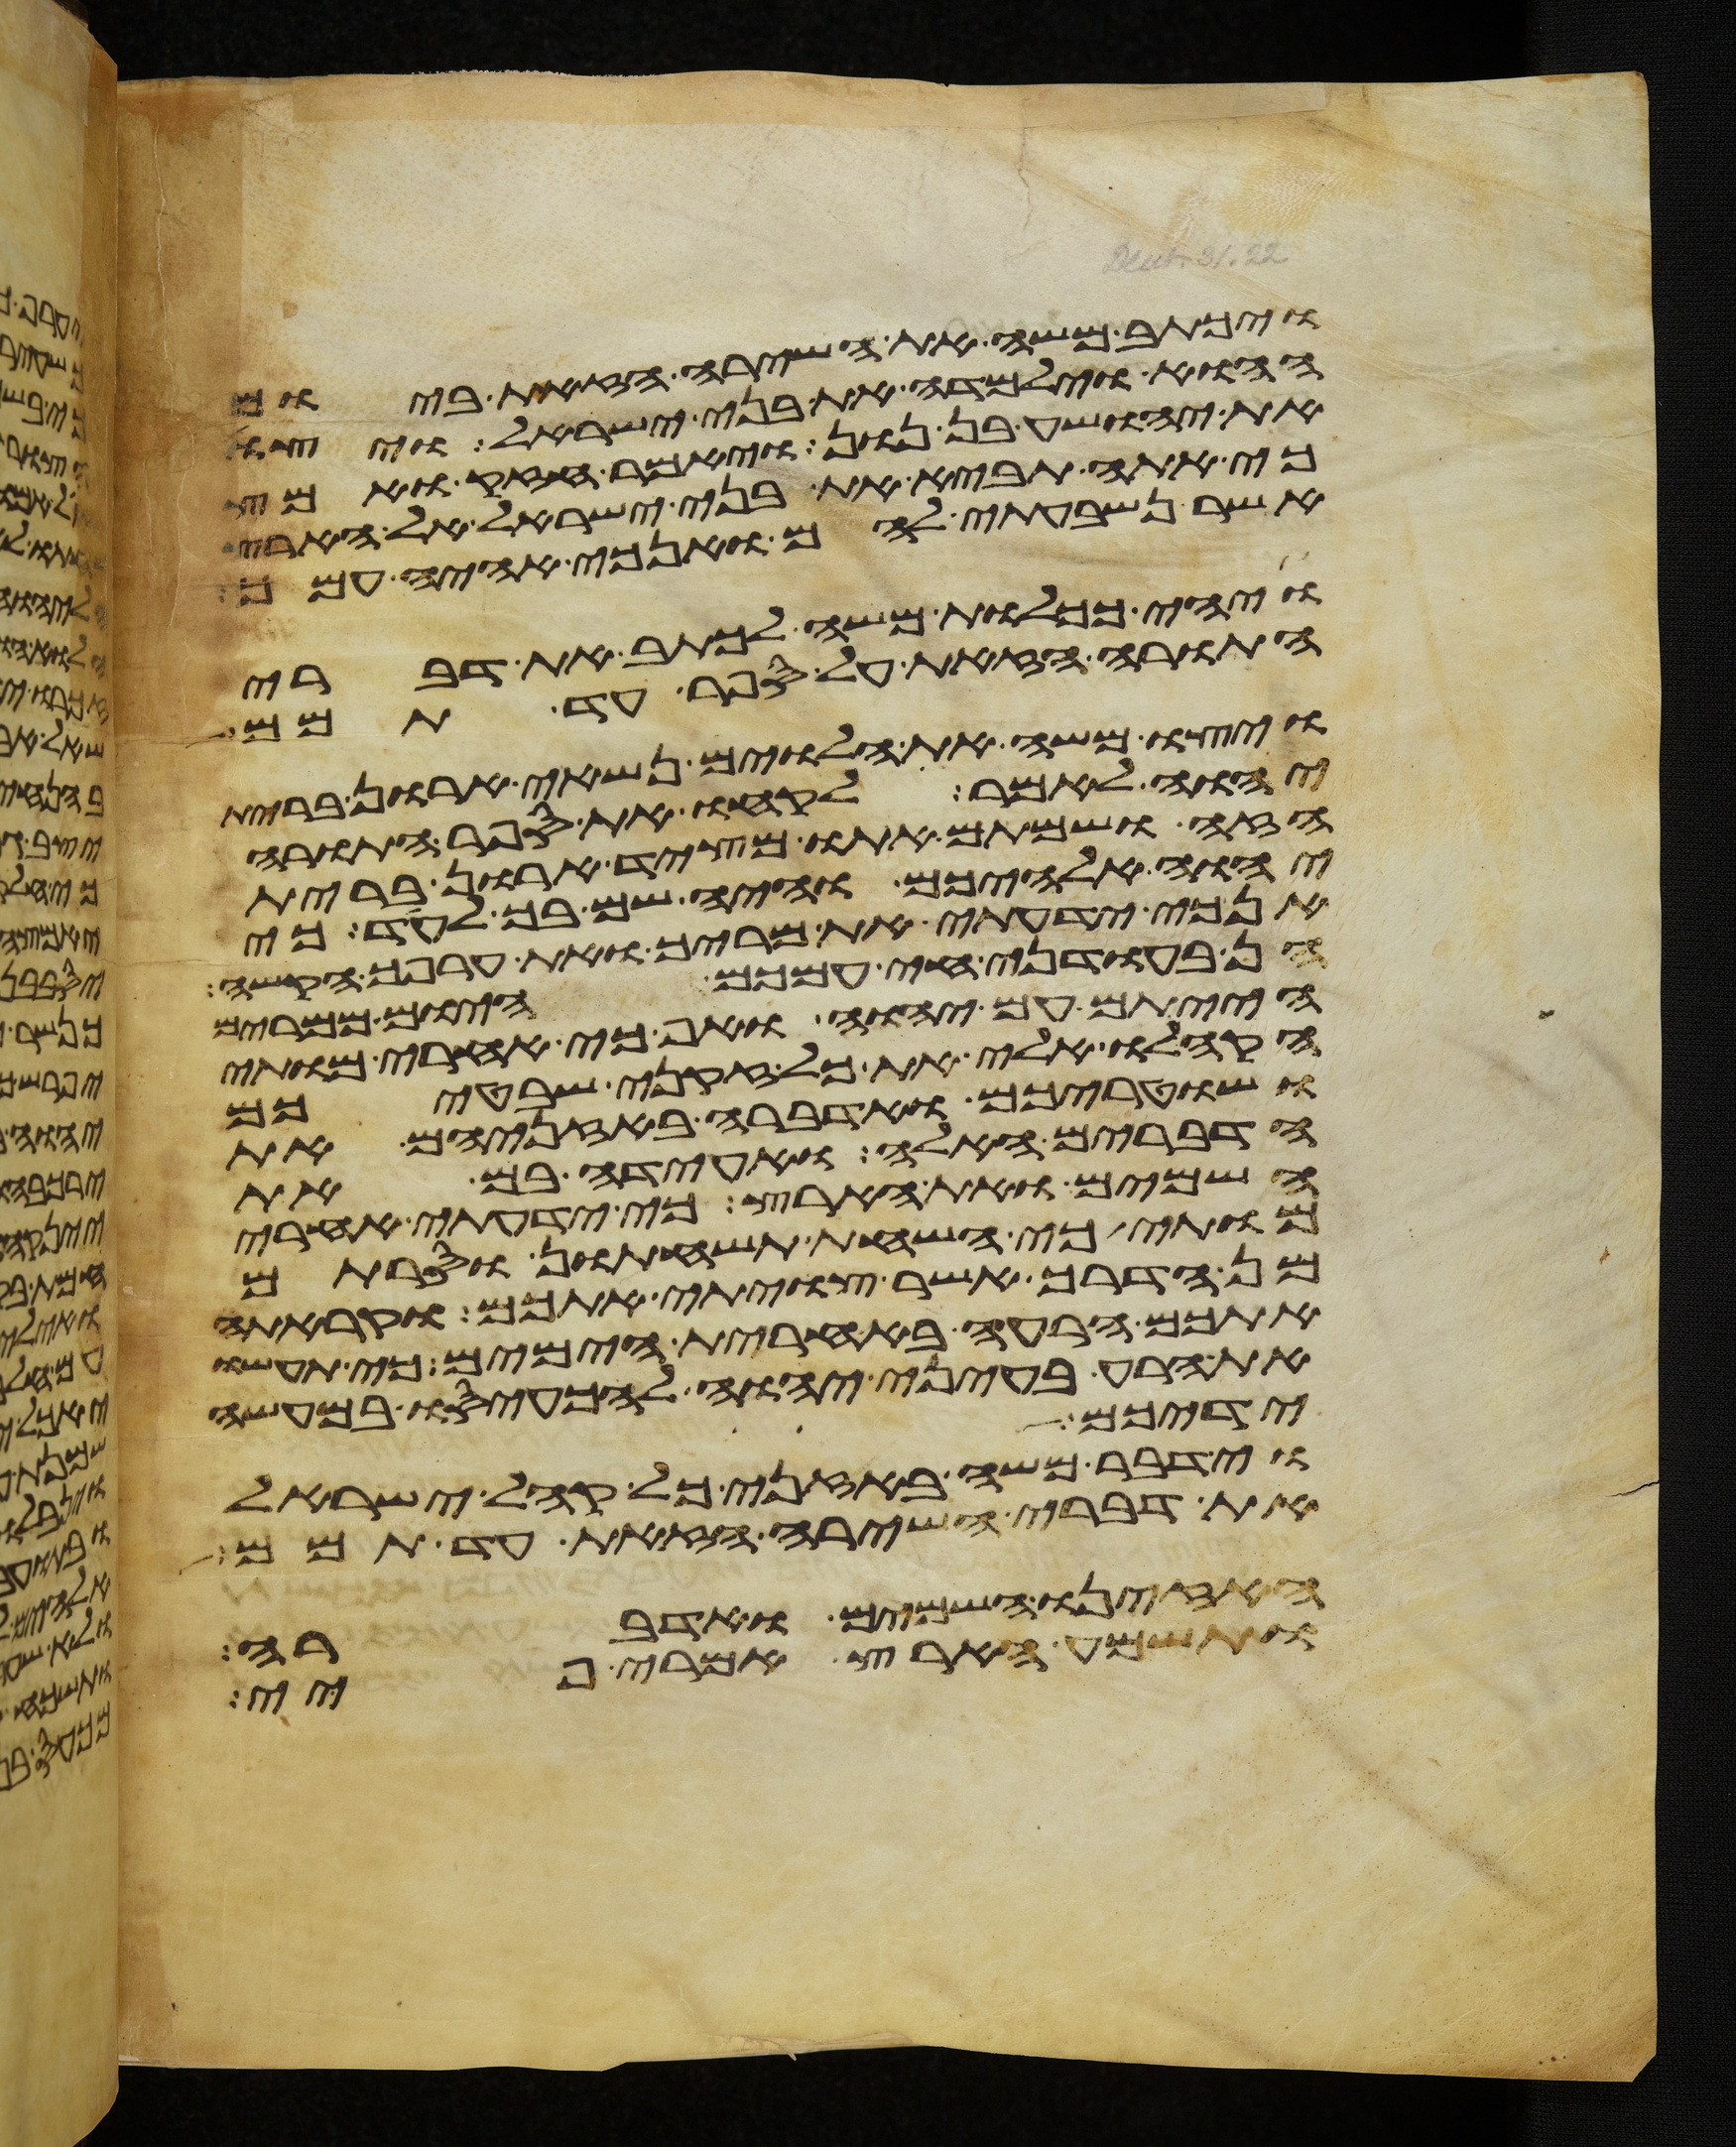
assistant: ויכתב משה את השירה הזאת ביום
ההוא וילמדה את בני ישראל ויצו
את יהושע בן נון ויאמר חזק ואמץ
כי אתה תביא את בני ישראל אל הארץ
אשר נשבעתי להם ואנכי אהיה עמך
ויהי ככלות משה לכתב את דברי
התורה הזאת על ספר עד תמם
ויצו משה את הלוים נשאי ארון ברית
יהוה לאמר לקחו את ספר התורה
הזה ושמתם אתו מצד ארון ברית
יהוה אלהיכם והיה שם בך לעד כי
אנכי ידעתי את מריך ואת ערפך הקשה
הן בעודני חי עמכם היום ממרים
הייתם עם יהוה ואף כי אחרי מותי
הקהלו אלי את כל זקני שבטיכם
ושטריכם ואדברה באזניהם את
הדברים האלה ואעידה בם את
השמים ואת הארץ כי ידעתי אחרי
מותי כי השחת תשחתון וסרתם
מן הדרך אשר צויתי אתכם וקרתה
אתכם הרעה באחרית הימים כי תעשו
את הרע בעיני יהוה להכעיסו במעשה
ידיכם
וידבר משה באזני כל קהל ישראל
את דברי השירה הזאת עד תמם
האזינו השמים ואדברה
ותשמע הארץ אמרי פיי